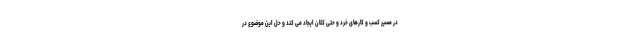
در مسیر کسب و کارهای خرد و حتی کلان ایجاد می کند و حل این موضوع در